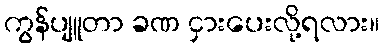
ကွန်ပျူတာ ခဏ ငှားပေးလို့ရလား။